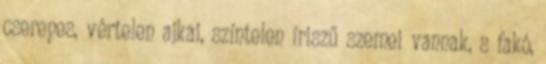
cserepes, vértelen ajkai, színtelen íriszű szemei vannak, s fakó,